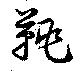
鞉